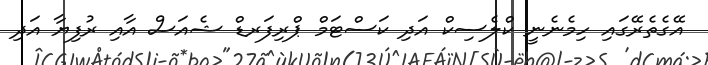
އޭގެތެރޭގައި ހިމެނެނީ ކްލެސިކް އަދި ކަސްޓަމް ޕްރިފަރޑް ޝެއަސް އާއި ރުފިޔާ އަދި